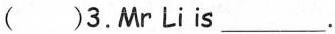
( ) 3.Mr Li is___.